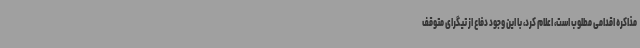
مذاکره اقدامی مطلوب است، اعلام کرد، با این وجود دفاع از تیگرای متوقف